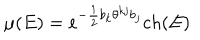
\mu ( E ) = e ^ { - \frac { 1 } { 2 } b _ { k } \theta ^ { k j } b _ { j } } c h ( E )